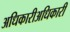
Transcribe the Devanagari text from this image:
अधिकारीअधिकारी